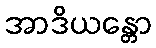
အာဒိယန္တော